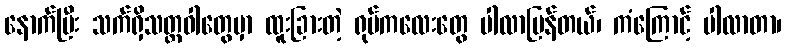
နောက်ပြီး သက်ရှိသတ္တဝါတွေမှာ ထူးခြားတဲ့ ရုပ်ကလေးတွေ ပါလာပြန်တယ်၊ ကံကြောင့် ပါလာတာ၊